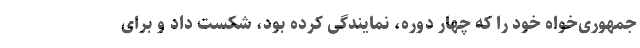
جمهوری‌خواه خود را که چهار دوره، نمایندگی کرده بود، شکست داد و برای